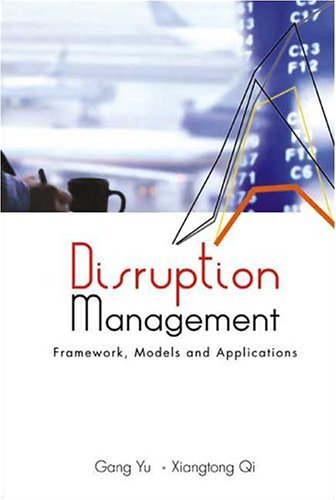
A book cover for Disruption Management: Framework, Models And Applications; Gang Yu; Business & Money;